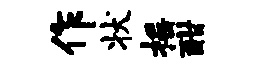
作状摇酣